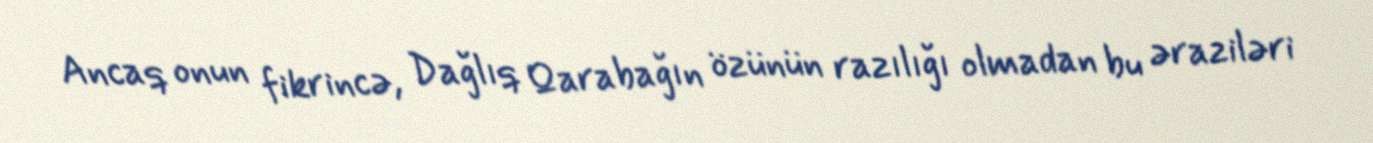
Ancaq onun fikrincə, Dağlıq Qarabağın özünün razılığı olmadan bu əraziləri